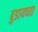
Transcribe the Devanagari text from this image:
बुडायच्या